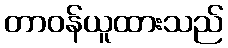
တာဝန်ယူထားသည်